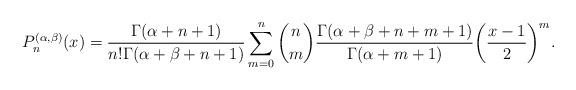
LaTeX: \begin{align*}P_{n}^{(\alpha,\beta)}(x)=\frac{\Gamma(\alpha+n+1)}{n!\Gamma(\alpha+\beta+n+1)} \sum_{m=0}^n\binom{n}{m}\frac{\Gamma(\alpha+\beta+n+m+1)}{\Gamma(\alpha+m+1)}\bigg(\frac{x-1}{2}\bigg)^m.\end{align*}